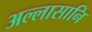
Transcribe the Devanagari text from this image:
अल्लासानि